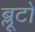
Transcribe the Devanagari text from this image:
ब्लूटो